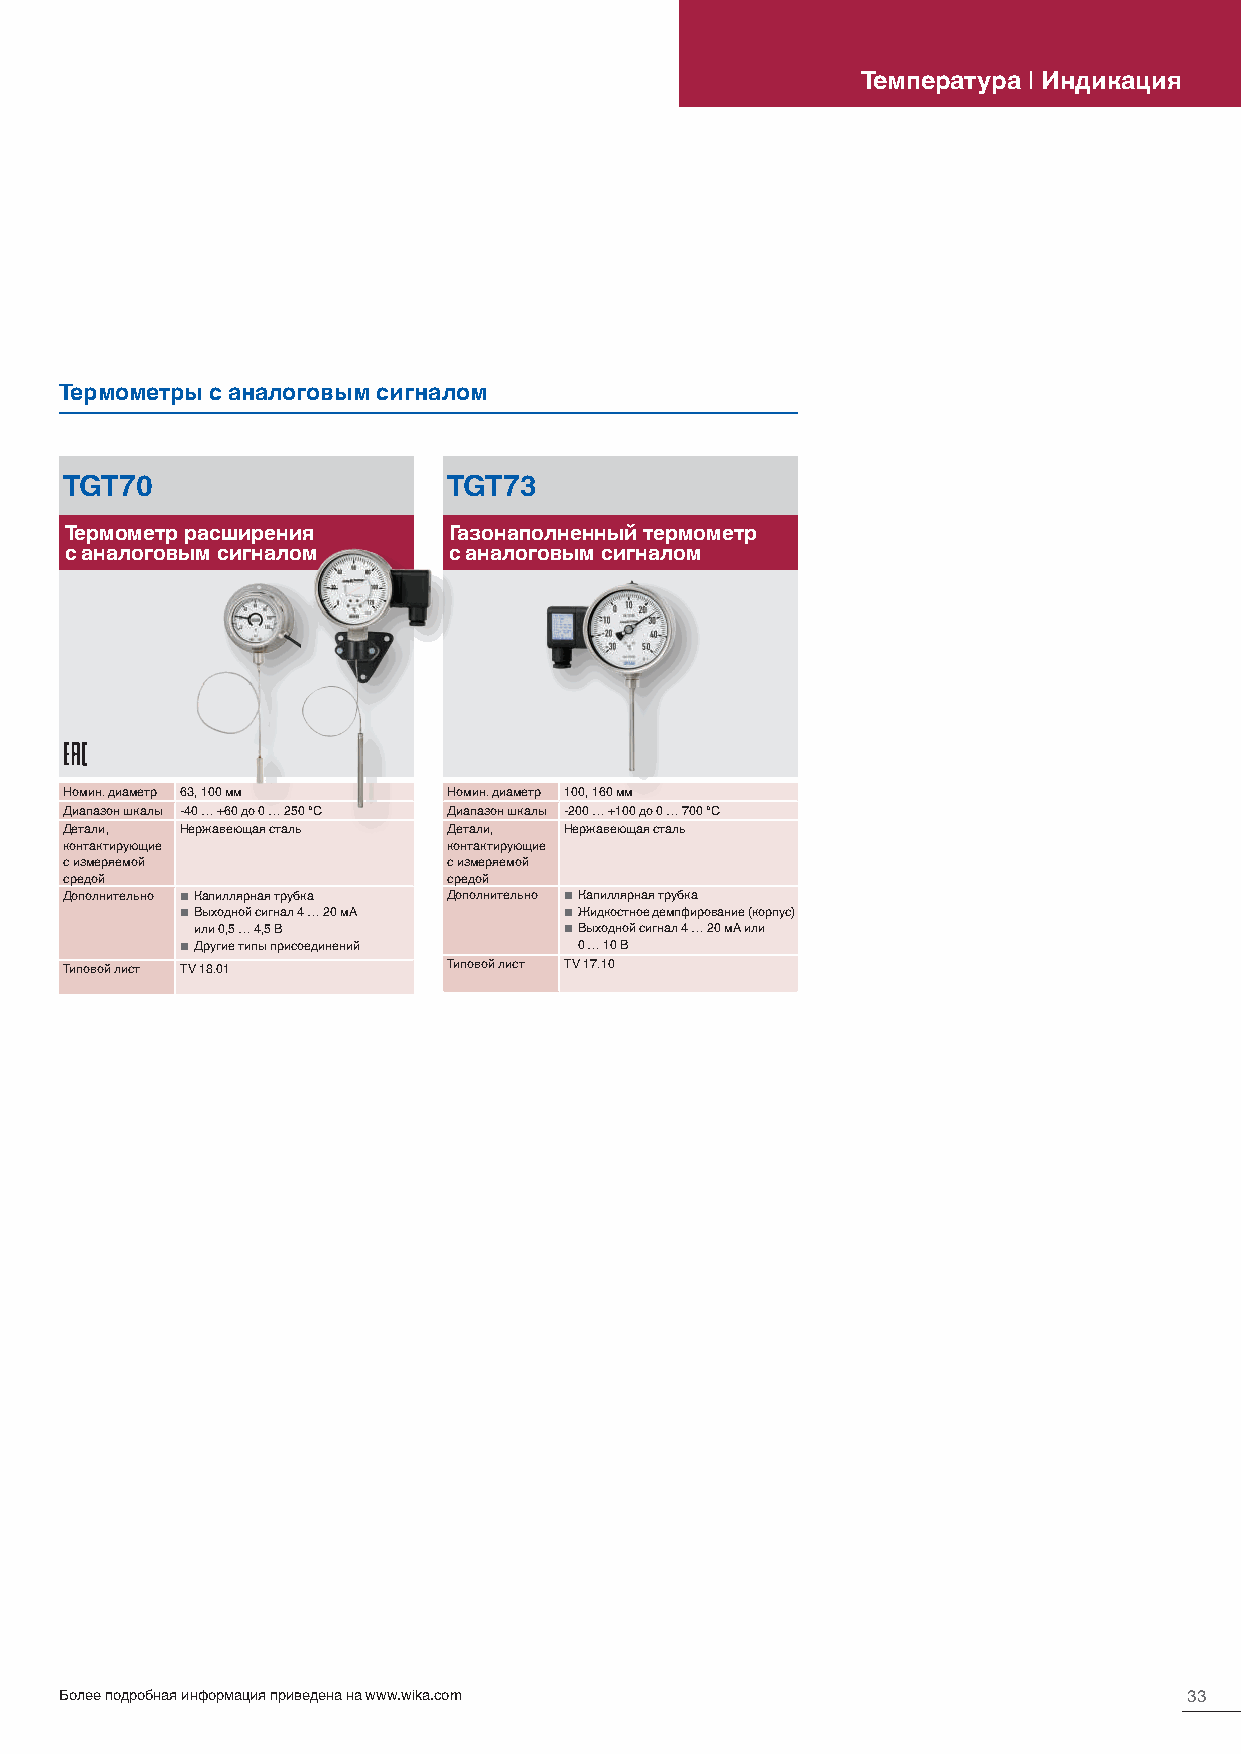
Температура | Индикация
 Термометры с аналоговым сигналом
 TGT70                     TGT73
 Термометр расширения      Газонаполненный термометр
 с аналоговым сигналом     с аналоговым сигналом
 Номин. диаметр 63, 100 мм Номин. диаметр 100, 160 мм
 Диапазон шкалы -40 … +60 до 0 … 250 °C Диапазон шкалы -200 … +100 до 0 … 700 °C
 Детали, Нержавеющая сталь Детали, Нержавеющая сталь
 контактирующие            контактирующие
 с измеряемой              с измеряемой
 средой                    средой
 Дополнительно ■ Капиллярная трубка Дополнительно ■ Капиллярная трубка
 ■ Выходной сигнал 4 … 20 мА ■ Жидкостное демпфирование (корпус)
 или 0,5 … 4,5 В         ■ Выходной сигнал 4 … 20 мА или
 ■ Другие типы присоединений 0 … 10 В
 Типовой лист TV 18.01     Типовой лист TV 17.10
 Более подробная информация приведена на www.wika.com                       33